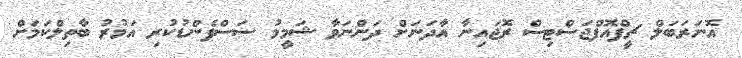
އޮނަރަބަލް ޗީފްއޮފްޖަސްޓިސް ރޮޖައިނާ އާދަނަށް ދަންނަވާ ޝަމީމު ސަސްޕެންޑުކުރި އަމުރު ބާތިލްކަމަށް